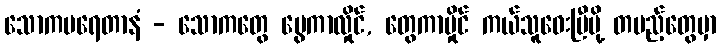
သောကပရေတာနံ - သောကတွေ ပွေကာလှိုင်, တွေကာမှိုင် ကယ်သူဝေးပြီမို့ တပည့်တွေမှာ